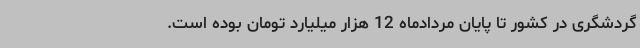
گردشگری در کشور تا پایان مردادماه 12 هزار میلیارد تومان بوده است.